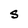
Character: S